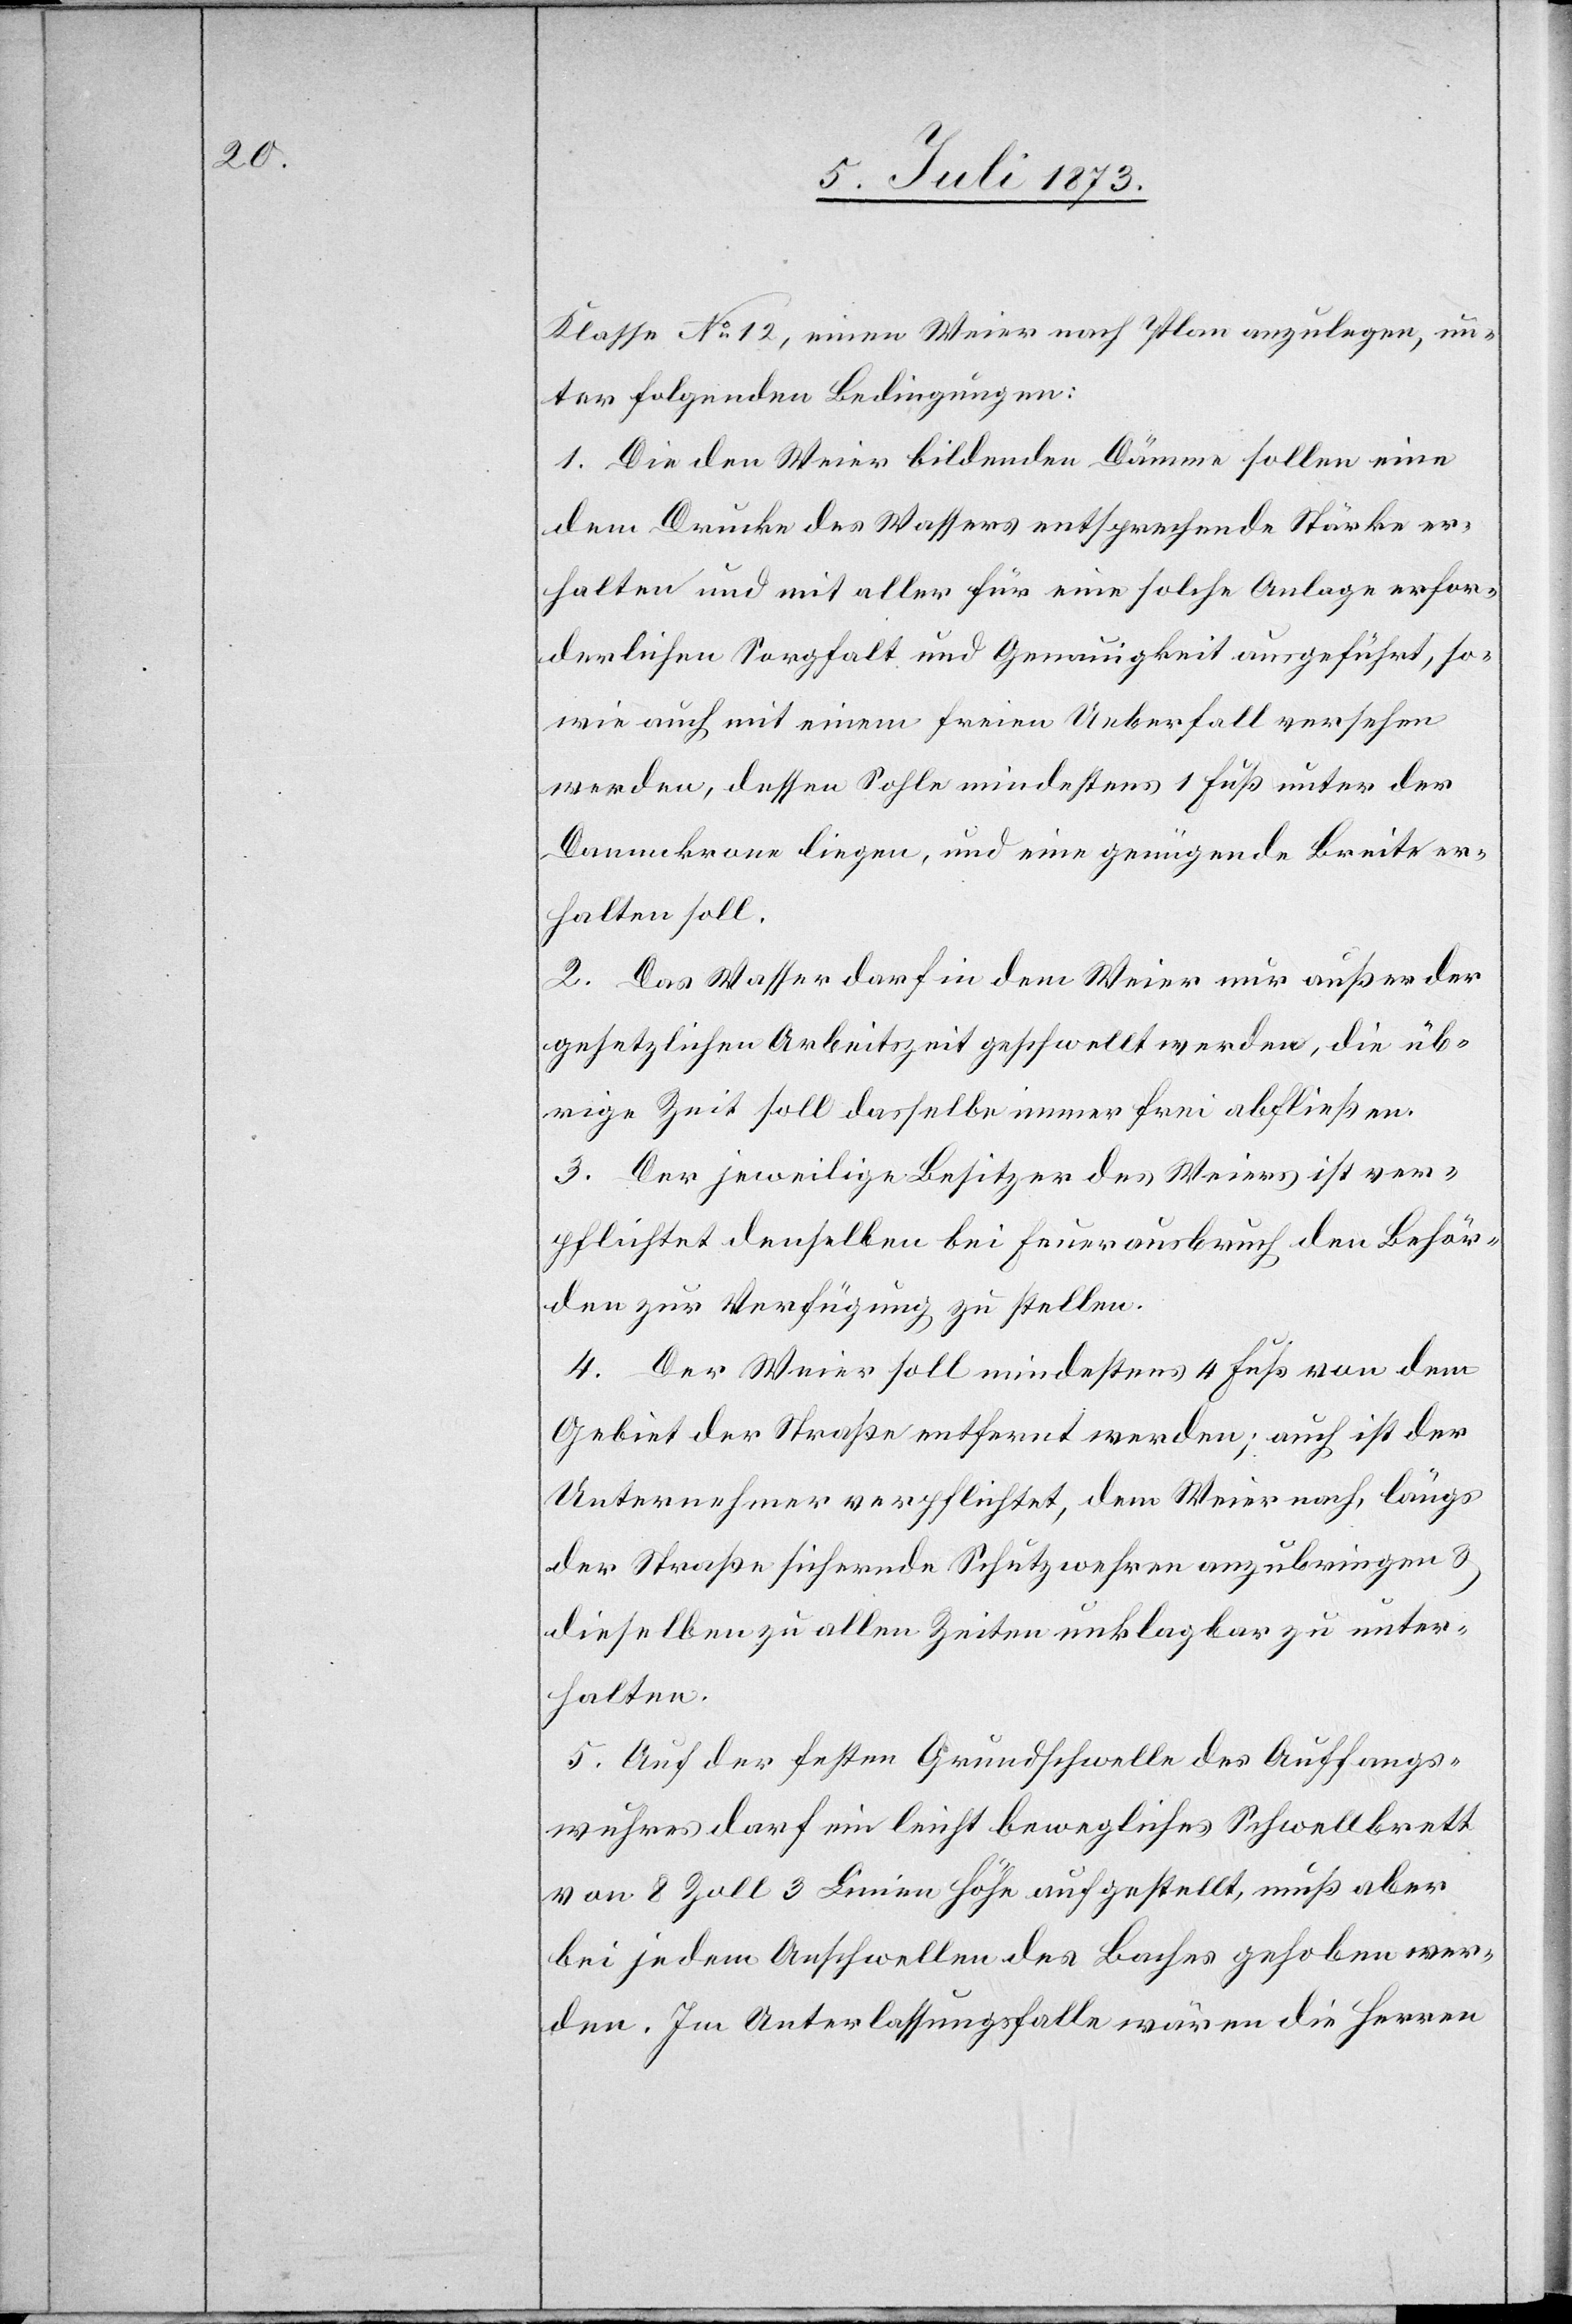
Klasse No 12, einen Weier nach Plan anzulegen, un¬
ter folgenden Bedingungen:
1. Die den Weier bildenden Dämme sollen eine
dem Drucke des Wassers entsprechende Stärke er¬
halten und mit aller für eine solche Anlage erfor¬
derlichen Sorgfalt und Genauigkeit ausgeführt, so¬
wie auch mit einem freien Ueberfall versehen
werden, dessen Sohle mindestens 1 Fuß unter der
Dammkrone liegen, und eine genügende Breite er¬
halten soll.
2. Das Wasser darf in dem Weier nur außer der
gesetzlichen Arbeitszeit geschwellt werden, die üb¬
rige Zeit soll dasselbe immer frei abfließen.
3. Der jeweilige Besitzer des Weiers ist ver¬
pflichtet denselben bei Feuerausbruch den Behör¬
den zur Verfügung zu stellen.
4. Der Weier soll mindestens 4 Fuß von dem
Gebiet der Straße entfernt werden; auch ist der
Unternehmer verpflichtet, dem Weier nach, längs
der Straße sichernde Schutzwehren anzubringen &
dieselben zu allen Zeiten unklagbar zu unter¬
halten.
5. Auf der festen Grundschwelle des Auffangs¬
wuhres darf ein leicht bewegliches Schwellbrett
von 8 Zoll 3 Linien Höhe aufgestellt, muß aber
bei jedem Aufschwellen des Baches gehoben wer¬
den. Im Unterlassungsfalle wären die Herren